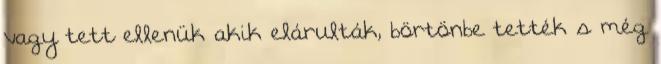
vagy tett ellenük akik elárulták, börtönbe tették s még